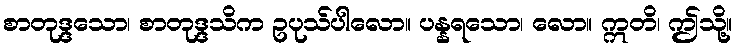
စာတုဒ္ဒသော၊ စာတုဒ္ဒသိက ဥပုသ်ပါလော။ ပန္နရသော၊ လော။ ဣတိ၊ ဤသို့။